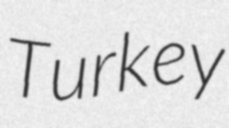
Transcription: Turkey